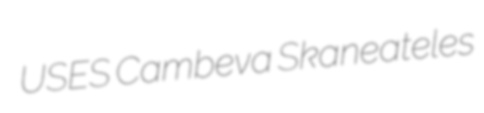
USES Cambeva Skaneateles